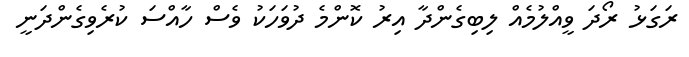
ރަގަޅު ރޯދަ ވީއްލުމެއް ލިބިގެންދާ އިރު ކޮންމެ ދުވަހަކު ވެސް ހާއްސަ ކުރެވިގެންދަނީ